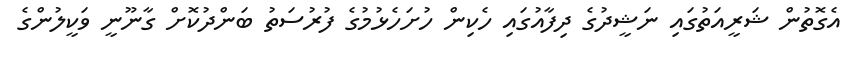
އެގޮތުން ޝަރީއަތުގައި ނަޝީދުގެ ދިފާއުގައި ހެކިން ހުށަހެޅުމުގެ ފުރުސަތު ބަންދުކޮށް ގާނޫނީ ވަކީލުންގެ